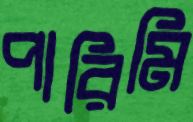
পারিমি